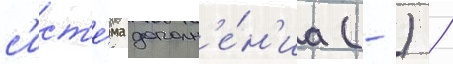
с'ист'е́ма дополн'е́н'иа (-) /